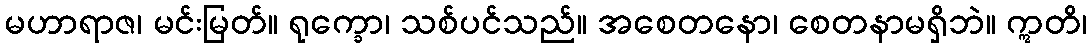
မဟာရာဇ၊ မင်းမြတ်။ ရုက္ခော၊ သစ်ပင်သည်။ အစေတနော၊ စေတနာမရှိဘဲ။ ဣတိ၊